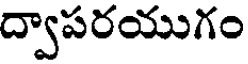
ద్వాపరయుగం